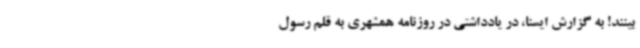
بینند! به گزارش ایسنا، در یادداشتی در روزنامه همشهری به قلم رسول